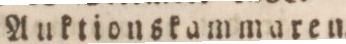
Auktionskammaren.